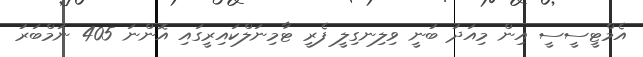
އެމްޓީސީސީ އިން މިއަދު ބުނީ ވިލިނގިލީ ފެރީ ޓާމިނަލްކައިރީގައި އޮންނަ 405 ނަމްބަރު